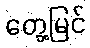
တွေ့မြင်